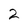
Character: 2